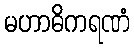
မဟာဓိကရဏံ